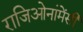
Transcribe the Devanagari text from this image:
राजिओनांमेंसी